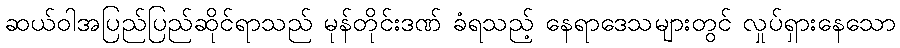
ဆယ်ဝါအပြည်ပြည်ဆိုင်ရာသည် မုန်တိုင်းဒဏ် ခံရသည့် နေရာဒေသများတွင် လှုပ်ရှားနေသော